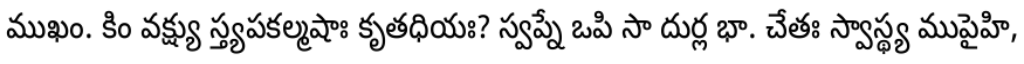
ముఖం. కిం వక్ష్యు స్త్యపకల్మషాః కృతధియః? స్వప్నే ఒపి సా దుర్ల భా. చేతః స్వాస్థ్య ముపైహి,